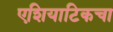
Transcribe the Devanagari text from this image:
एशियाटिकचा